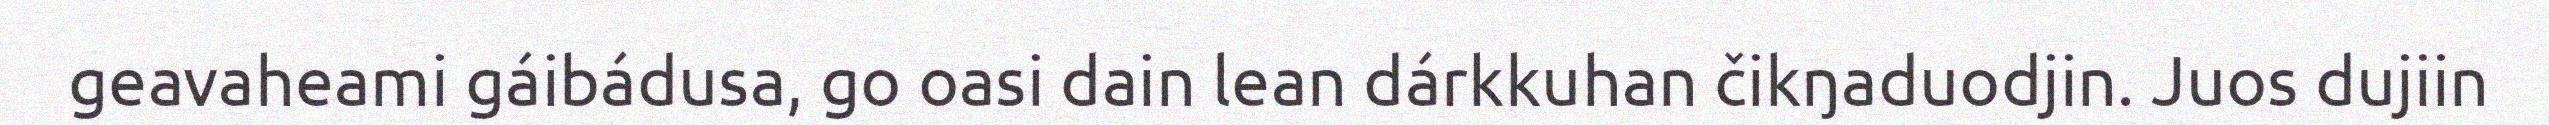
geavaheami gáibádusa, go oasi dain lean dárkkuhan čikŋaduodjin. Juos dujiin